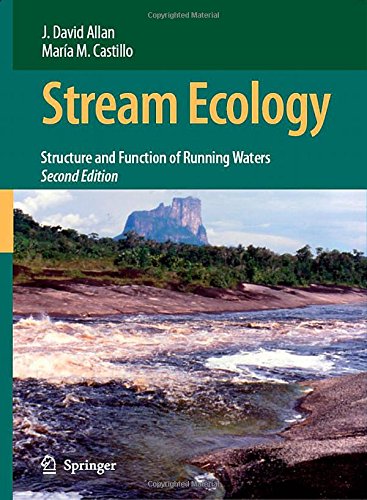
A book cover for Stream Ecology: Structure and function of running waters; J. David Allan; Science & Math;